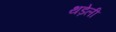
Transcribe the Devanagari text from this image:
थड़ेली